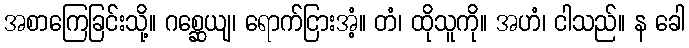
အစာကြေခြင်းသို့။ ဂစ္ဆေယျ၊ ရောက်ငြားအံ့။ တံ၊ ထိုသူကို။ အဟံ၊ ငါသည်။ န ခေါ